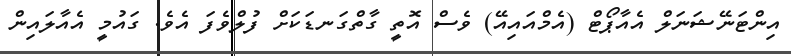
އިންޓަނޭޝަނަލް އެއާޕޯޓް (އެމްއައިއޭ) ވެސް އޮތީ ގާތްގަނޑަކަށް ފުލްވެފަ އެވެ. ގައުމީ އެއާލައިން